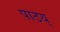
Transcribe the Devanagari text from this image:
पाठय्‌